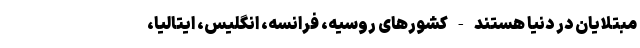
مبتلایان در دنیا هستند - کشورهای روسیه، فرانسه، انگلیس، ایتالیا،